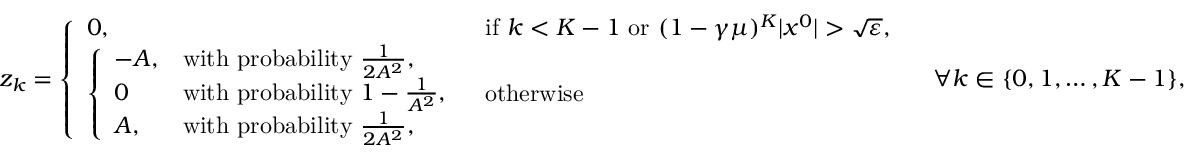
\begin{array} { r } { z _ { k } = \left\{ \begin{array} { l l } { 0 , } & { \mathrm { i f ~ } k < K - 1 \mathrm { ~ o r ~ } ( 1 - \gamma \mu ) ^ { K } | x ^ { 0 } | > \sqrt { \varepsilon } , } \\ { \left\{ \begin{array} { l l } { - A , } & { \mathrm { w i t h ~ p r o b a b i l i t y ~ } \frac { 1 } { 2 A ^ { 2 } } , } \\ { 0 } & { \mathrm { w i t h ~ p r o b a b i l i t y ~ } 1 - \frac { 1 } { A ^ { 2 } } , } \\ { A , } & { \mathrm { w i t h ~ p r o b a b i l i t y ~ } \frac { 1 } { 2 A ^ { 2 } } , } \end{array} \right. } & { \mathrm { o t h e r w i s e } } \end{array} \right. \quad \forall k \in \{ 0 , 1 , \ldots , K - 1 \} , } \end{array}